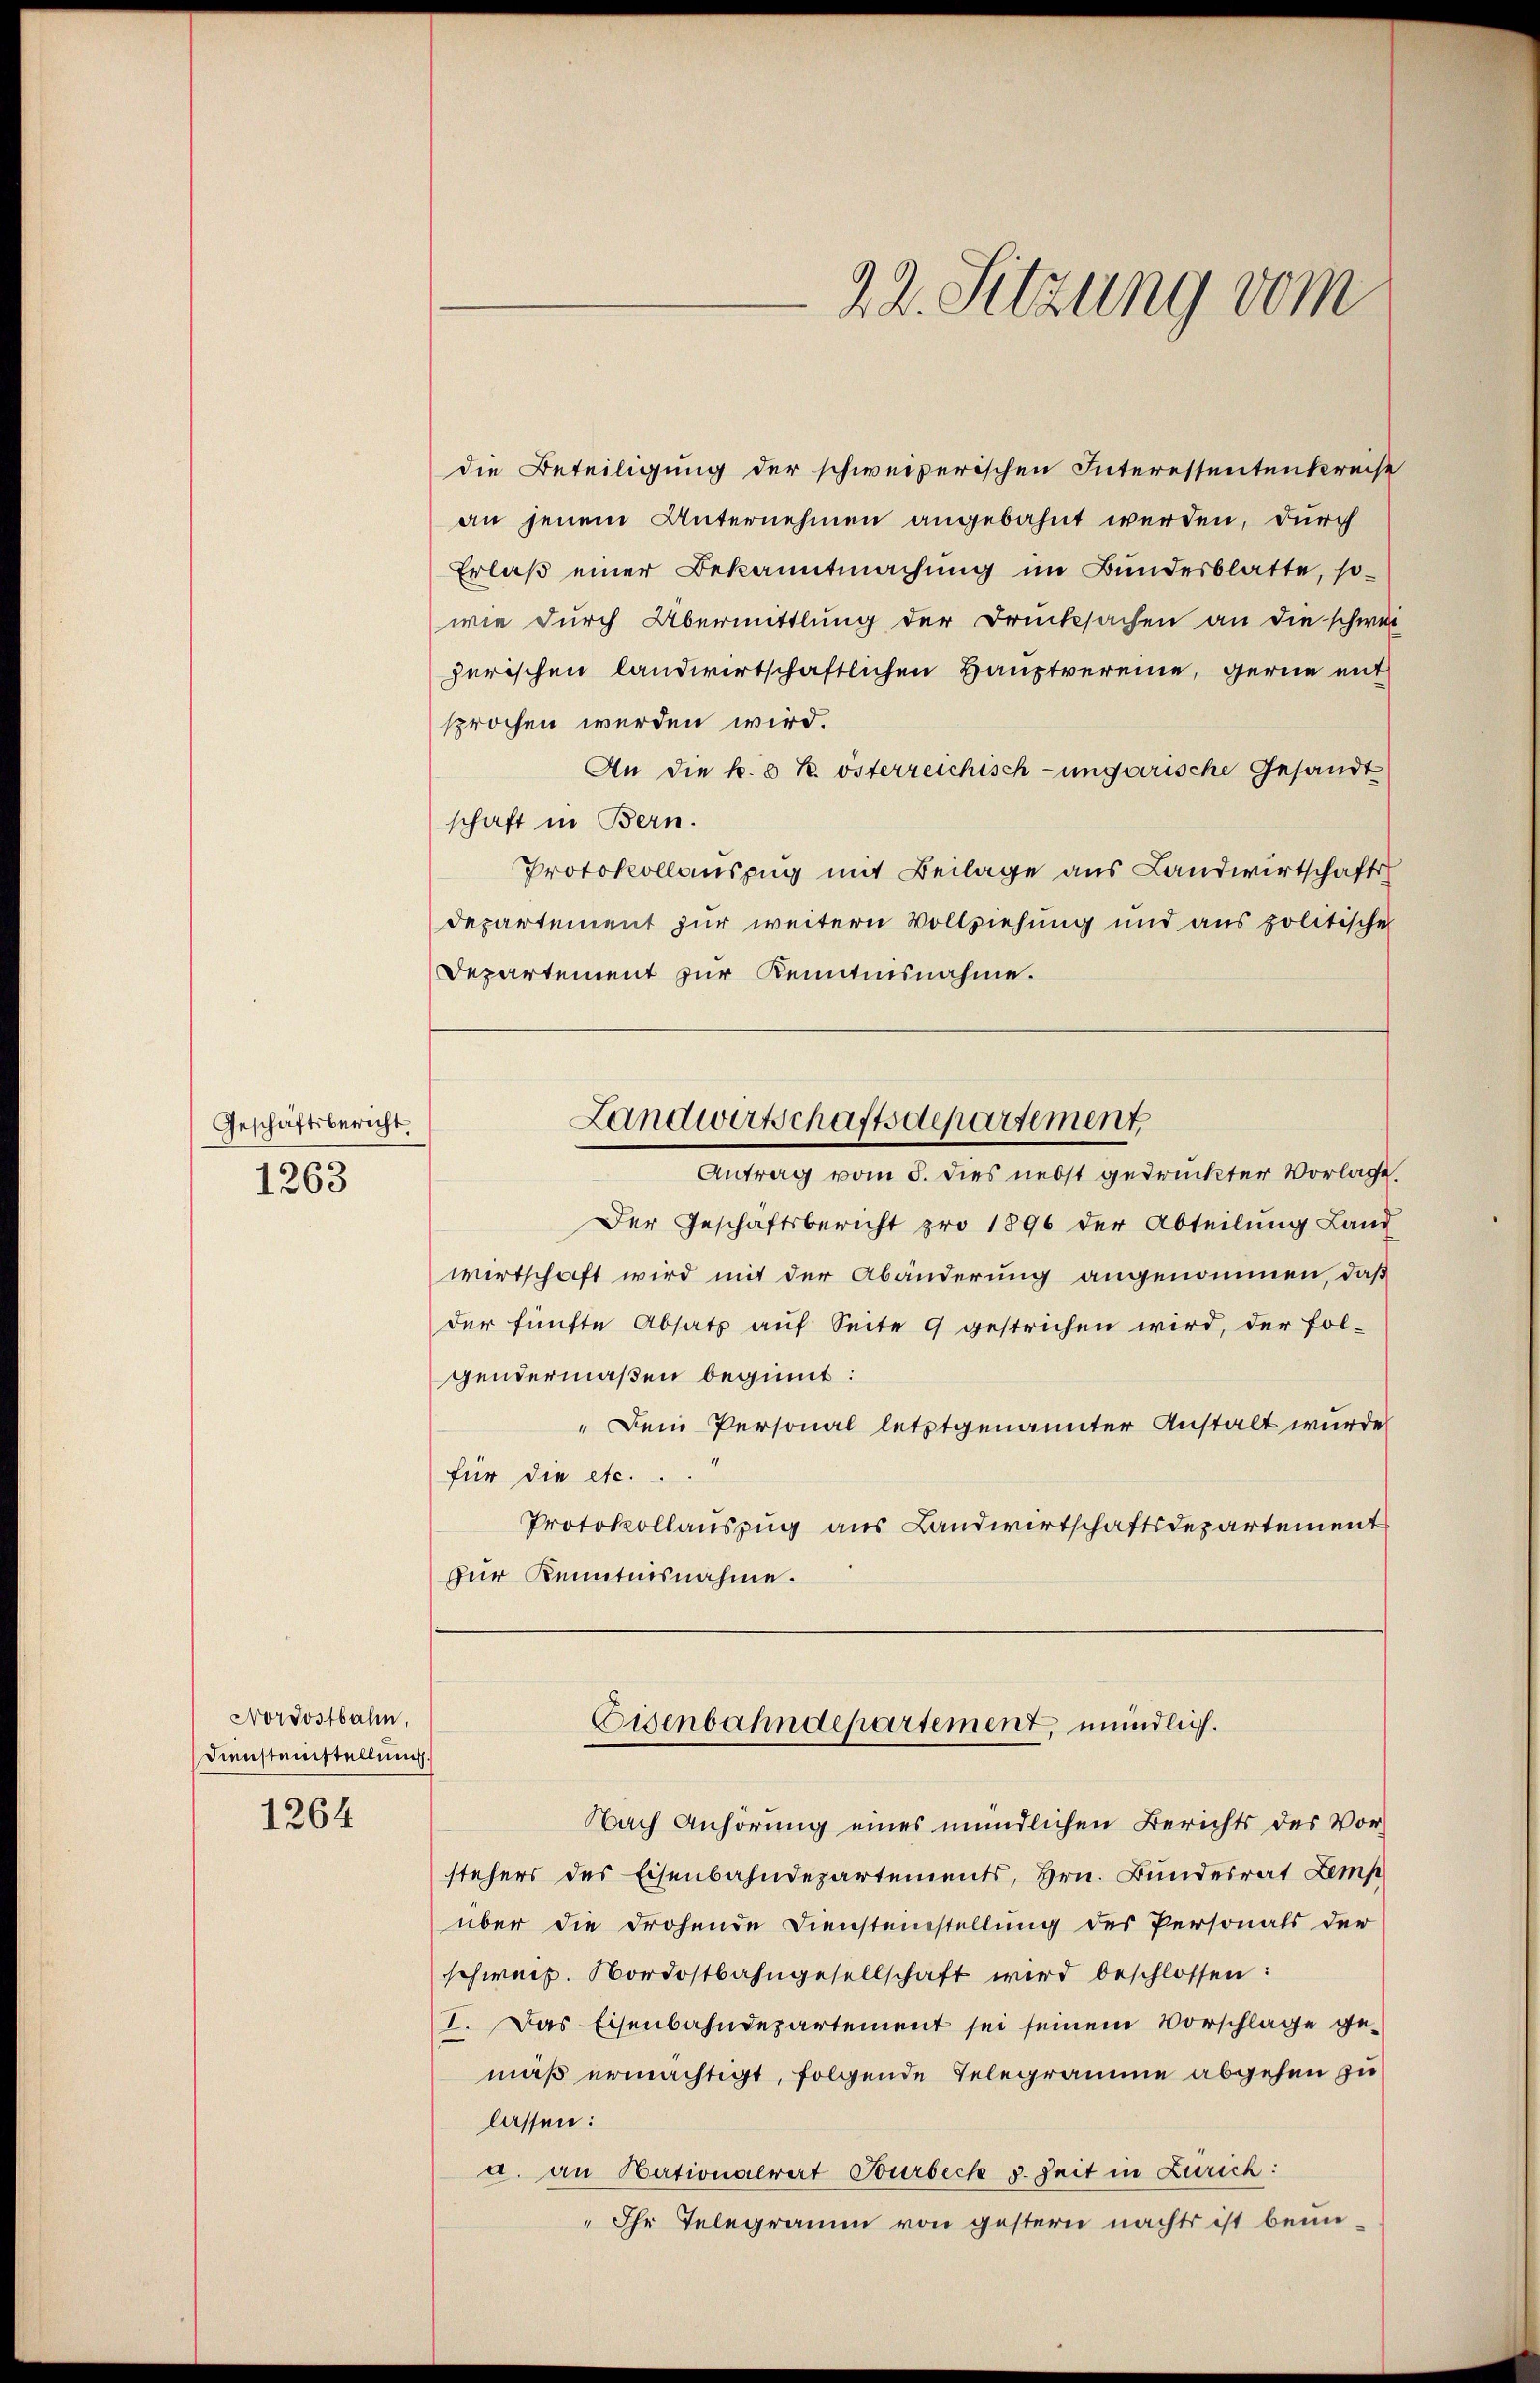
Geschäftsbericht.
1263

Nordostbahn,
Diensteinstellung.
1264

die Beteiligung der schweizerischen Interessentenkreise
an jenem Unternehmen angebahnt werden, durch
Erlaß einer Bekanntmachung im Bundesblatte, sowie durch Übermittlung der Drucksachen an die schwei
zerischen landwirtschaftlichen Hauptvereine, gerne mit
sprochen werden wird.
An die k. k. österreichisch-ungarische Gesandt
schaft in Bern.
Protokollauszug mit Beilage aus Landwirtschafts
departement zur weitern Vollziehung und aus politische
Departement zur Kenntnisnahme.
Antrag vom 5. dies nebst gedruckter Vorlage.
Der Geschäftsbericht pro 1896 der Abteilung Land
wirtschaft wird mit der Abänderung angenommen, daß
der fünfte Absatz auf Seite 9 gestrichen wird, der fol-
gendermaßen beginnt:
"Dein Personal letztgenannter Anstalt wurde
für die etc. ..
Protokollauszug aus Landwirtschaftsdepartement
fur Kenntnisnahme.
Eisenbahndepartement, mündlich.
Nach Anhörung eines mündlichen Berichts des Vorstehers des Eisenbahndepartements, Hrn. Bundesrat Lemp
über die drohende Diensteinstellung des Personals der
schweiz. Nordostbahngesellschaft wird beschlossen:
I. Das Eisenbahndepartement sei seinem Vorschlage ge-
mäß ermächtigt, folgende Telegramme abgehen zu
lassen:
a. an Nationalvert Turbeck g. Zeit in Zürich:
"Ihr Telegramm von gestern nachts ist beni¬

22. Sitzung vom

Landwirtschaftsdepartement